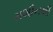
મશીનથી